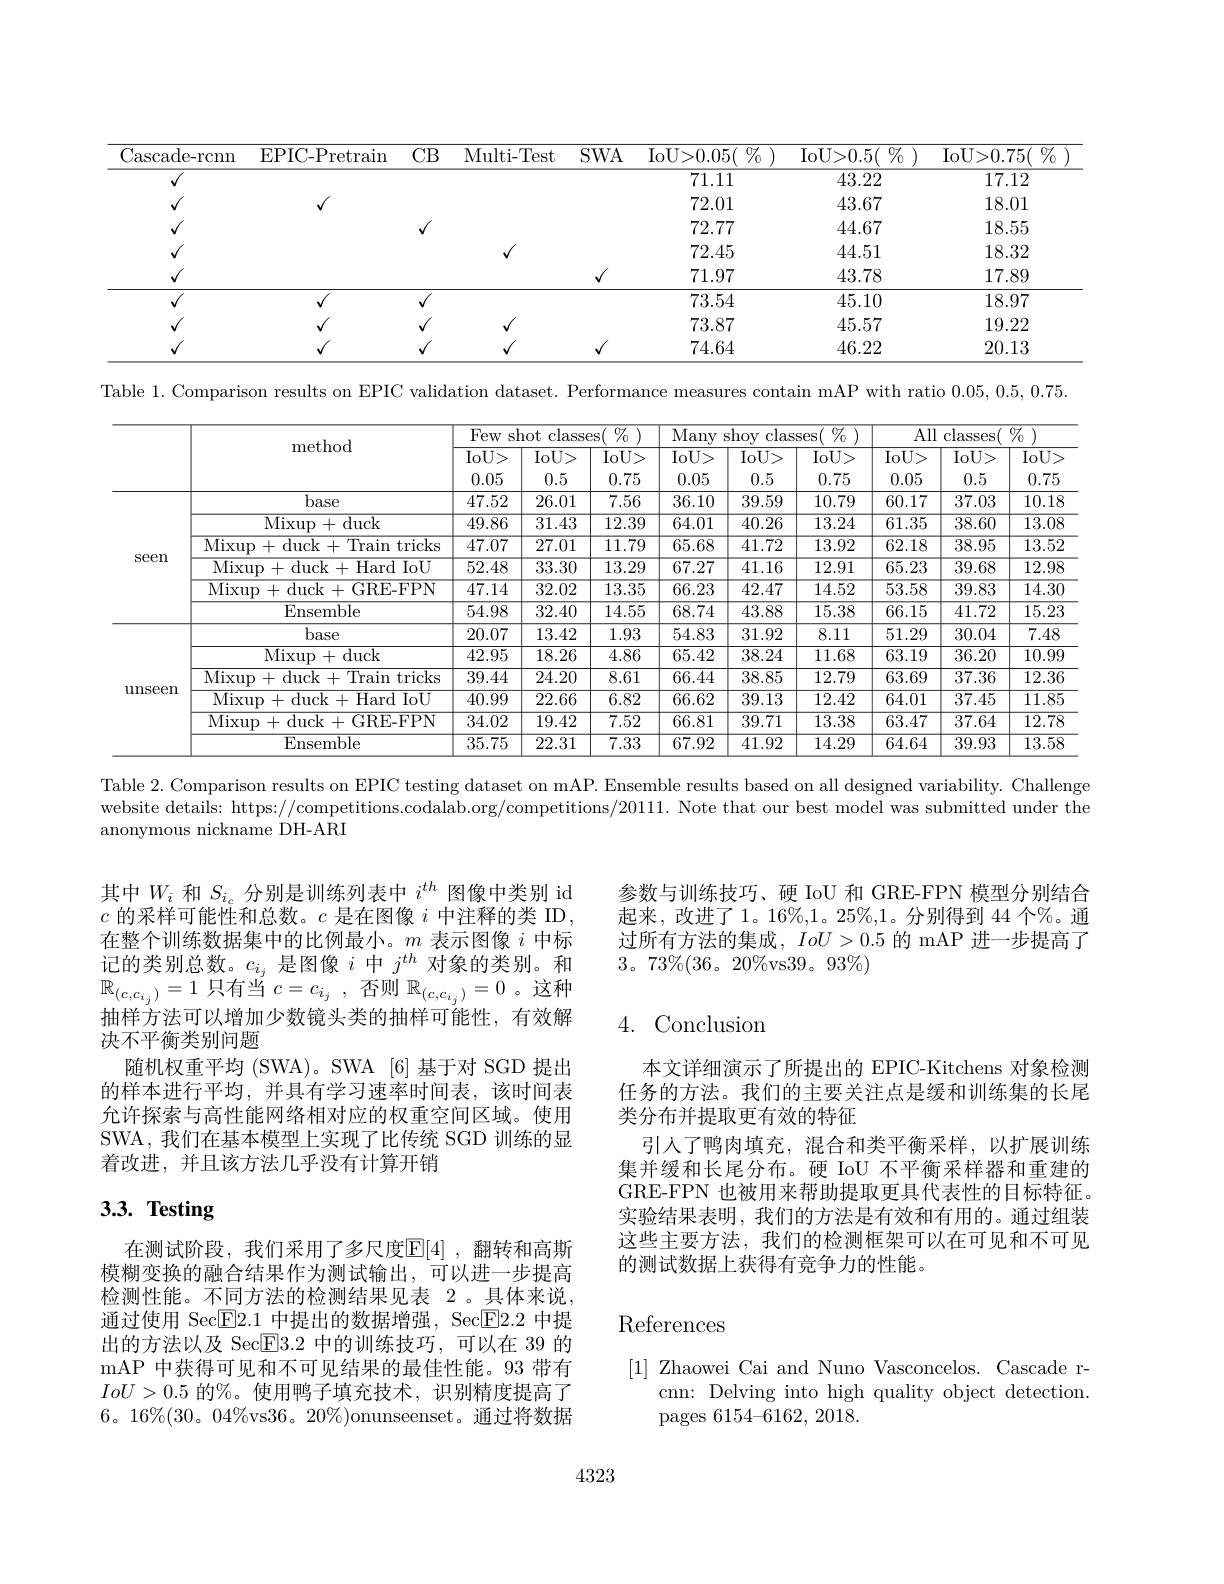
<table>
	<tbody>
		<tr>
			<th>Cascade- rcnn</th>
			<th>EPIC- Pretrain</th>
			<th>CB</th>
			<th>Multi- Test</th>
			<th>$SWA$</th>
			<th>IoU> 0. 05 $\%$ 11 </th>
			<th>IoU> 0. 5( $\%_0$</th>
			<th>IoU> 0. 75( $\%$ </th>
		</tr>
		<tr>
			<td>$√$</td>
			<td rowspan="4">$√$</td>
			<td> </td>
			<td> </td>
			<td> </td>
			<td>71.11</td>
			<td>43.22</td>
			<td>17.12</td>
		</tr>
		<tr>
			<td>$√$</td>
			<td> </td>
			<td> </td>
			<td> </td>
			<td>72.01</td>
			<td>43.67</td>
			<td>18.01</td>
		</tr>
		<tr>
			<td>$√$</td>
			<td>1</td>
			<td> </td>
			<td> </td>
			<td>72.77</td>
			<td>44.67</td>
			<td>18.55</td>
		</tr>
		<tr>
			<td>$√$</td>
			<td> </td>
			<td>$√$</td>
			<td> </td>
			<td>72.45</td>
			<td>44.51</td>
			<td>18.32</td>
		</tr>
		<tr>
			<td>$√$</td>
			<td> </td>
			<td> </td>
			<td> </td>
			<td>$√$</td>
			<td>71.97</td>
			<td>43.78</td>
			<td>17.89</td>
		</tr>
		<tr>
			<td>$√$</td>
			<td>$√$</td>
			<td>1</td>
			<td> </td>
			<td> </td>
			<td>73.54</td>
			<td>45.10</td>
			<td>18.97</td>
		</tr>
		<tr>
			<td>$√$</td>
			<td>$√$</td>
			<td>$\textbf{、 }$</td>
			<td>$√$</td>
			<td> </td>
			<td>73.87</td>
			<td>45.57</td>
			<td>19.22</td>
		</tr>
		<tr>
			<td>$√$</td>
			<td> </td>
			<td>1</td>
			<td>$√$</td>
			<td>1</td>
			<td>74.64</td>
			<td>46.22</td>
			<td>20.13</td>
		</tr>
	</tbody>
</table>

Table 1. Comparison results on EPIC validation dataset. Performance measures contain mAP with ratio 0.05,0.5,0.75.

<table>
	<tbody>
		<tr>
			<th> </th>
			<th rowspan="2">method</th>
			<th colspan="3">Few shot classes $\%$</th>
			<th colspan="3">Many shoy classes $\%$</th>
			<th colspan="3">All classes $\%7_{0}$</th>
		</tr>
		<tr>
			<th> </th>
			<th>$\overline{\mathrm{IoU}>}$ 0.05</th>
			<th>$\overline{\mathrm{IoU}>}$ 0.5</th>
			<th>$IoU>$ 0.75</th>
			<th>$IoU>$ 0.05</th>
			<th>$IoU>$ 0.5</th>
			<th>$\overline{\mathrm{IoU}>}$ 0.75</th>
			<th>$IoU>$ 0.05</th>
			<th>$\overline{\mathrm{IoU}>}$ 0.5</th>
			<th>$IoU>$ 0.75</th>
		</tr>
		<tr>
			<td rowspan="6">$\operatorname{Seen}$</td>
			<td>base</td>
			<td>47.52</td>
			<td>26.01</td>
			<td>7.56</td>
			<td>36.10</td>
			<td>39.59</td>
			<td>10.79</td>
			<td>60.17</td>
			<td>37.03</td>
			<td>10.18</td>
		</tr>
		<tr>
			<td>Mixup+ duck</td>
			<td>49.86</td>
			<td>31.43</td>
			<td>12.39</td>
			<td>64.01</td>
			<td>40.26</td>
			<td>13.24</td>
			<td>61.35</td>
			<td>38.60</td>
			<td>13.08</td>
		</tr>
		<tr>
			<td>Mixup+ duck+ Traintricks</td>
			<td>47.07</td>
			<td>27.01</td>
			<td>11.79</td>
			<td>65.68</td>
			<td>41.72</td>
			<td>13.92</td>
			<td>62.18</td>
			<td>38.95</td>
			<td>13.52</td>
		</tr>
		<tr>
			<td>Mixup+duck+Hard IoU</td>
			<td>52.48</td>
			<td>33.30</td>
			<td>13.29</td>
			<td>67.27</td>
			<td>41.16</td>
			<td>12.91</td>
			<td>65.23</td>
			<td>39.68</td>
			<td>12.98</td>
		</tr>
		<tr>
			<td>Mixup+duck+GRE-FPN</td>
			<td>47.14</td>
			<td>32.02</td>
			<td>13.35</td>
			<td>66.23</td>
			<td>42.47</td>
			<td>14.52</td>
			<td>53.58</td>
			<td>39.83</td>
			<td>14.30</td>
		</tr>
		<tr>
			<td>Ensemble</td>
			<td>54.98</td>
			<td>32.40</td>
			<td>14.55</td>
			<td>68.74</td>
			<td>43.88</td>
			<td>15.38</td>
			<td>66.15</td>
			<td>41.72</td>
			<td>15.23</td>
		</tr>
		<tr>
			<td rowspan="6">unseen</td>
			<td>base</td>
			<td>20.07</td>
			<td>13.42</td>
			<td>1.93</td>
			<td>54.83</td>
			<td>31.92</td>
			<td>8.11</td>
			<td>51.29</td>
			<td>30.04</td>
			<td>7.48</td>
		</tr>
		<tr>
			<td>Mixup+ duck</td>
			<td>42.95</td>
			<td>18.26</td>
			<td>4.86</td>
			<td>65.42</td>
			<td>38.24</td>
			<td>11.68</td>
			<td>63.19</td>
			<td>36.20</td>
			<td>10.99</td>
		</tr>
		<tr>
			<td>Mixup+duck+Train tricks</td>
			<td>39.44</td>
			<td>24.20</td>
			<td>8.61</td>
			<td>66.44</td>
			<td>38.85</td>
			<td>12.79</td>
			<td>63.69</td>
			<td>37.36</td>
			<td>12.36</td>
		</tr>
		<tr>
			<td>Mixup+duck+Hard IoU</td>
			<td>40.99</td>
			<td>22.66</td>
			<td>6.82</td>
			<td>66.62</td>
			<td>39.13</td>
			<td>12.42</td>
			<td>64.01</td>
			<td>37.45</td>
			<td>11.85</td>
		</tr>
		<tr>
			<td>Mixup+duck+GRE-FPN</td>
			<td>34.02</td>
			<td>19.42</td>
			<td>7.52</td>
			<td>66.81</td>
			<td>39.71</td>
			<td>13.38</td>
			<td>63.47</td>
			<td>37.64</td>
			<td>12.78</td>
		</tr>
		<tr>
			<td>Ensemble</td>
			<td>35.75</td>
			<td>22.31</td>
			<td>$\overline{7.33}$</td>
			<td>67.92</td>
			<td>41.92</td>
			<td>14.29</td>
			<td>64.64</td>
			<td>39.93</td>
			<td>13.58</td>
		</tr>
	</tbody>
</table>

Table 2. Comparison results on EPIC testing dataset on mAP. Ensemble results based on all designed variability. Challenge

website details: https://competitions.codalab.org/competitions/20111. Note that our best model was submitted under the

anonymous nickname DH-ARI

其中$W_i$和$S_{i_c}$分别是训练列表中$i^{th}$图像中类别 id $c$的采样可能性和总数。$c$是在图像$i$中注释的类 ID, 在整个训练数据集中的比例最小。$m$表示图像$i$中标记的类别总数。$c_i_j$是图像$i$中$j^th$对象的类别。和$\mathbb{R}_{(c,c_{i_j})}=1$只有当$c=c_i_j$,否则$\mathbb{R}_(c,c_{i_j})=0$ 。这种抽样方法可以增加少数镜头类的抽样可能性，有效解决不平衡类别问题
随机权重平均 (SWA)。SWA [6]基于对 SGD 提出的样本进行平均，并具有学习速率时间表，该时间表允许探索与高性能网络相对应的权重空间区域。使用SWA, 我们在基本模型上实现了比传统 SGD 训练的显着改进，并且该方法几乎没有计算开销

# 3.3. Testing

在测试阶段，我们采用了多尺度$\mathbb{E}[4]$ ,翻转和高斯模糊变换的融合结果作为测试输出，可以进一步提高检测性能。不同方法的检测结果见表 2。具体来说通过使用 Sec$\overline{\mathrm{E}}2.1$中提出的数据增强，Sec$\overline{\mathrm{E}}2.2$中提出的方法以及 Sec$\boxed{\mathrm{F}}3.2$中的训练技巧，可以在 39 的mAP 中获得可见和不可见结果的最佳性能。93 带有$IoU>0.5$的%。使用鸭子填充技术，识别精度提高了$6。16\%(30。04\%$vs$36。20\%)$onunseenset。通过将数据

参数与训练技巧、硬 IoU 和 GRE-FPN 模型分别结合起来，改进了1。16%,1。25$\%,1。分别得到 44 个%。通$ 过所有方法的集成，$IoU>0.5$的 mAP 进一步提高了$3。73\%(36。20\%$vs$39。93\%)$

### 4.Conclusior

本文详细演示了所提出的 EPIC-Kitchens 对象检测任务的方法。我们的主要关注点是缓和训练集的长尾类分布并提取更有效的特征
引人了鸭肉填充，混合和类平衡采样，以扩展训练集并缓和长尾分布。硬 IoU 不平衡采样器和重建的GRE-FPN 也被用来帮助提取更具代表性的目标特征。实验结果表明，我们的方法是有效和有用的。通过组装这些主要方法，我们的检测框架可以在可见和不可见的测试数据上获得有竞争力的性能。

# References

[1] Zhaowei Cai and Nuno Vasconcelos. Cascade r-
cnn: Delving into high quality object detection.
pages 6154-6162, 2018.

4323